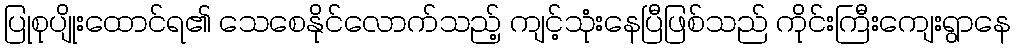
ပြုစုပျိုးထောင်ရ၏ သေစေနိုင်လောက်သည့် ကျင့်သုံးနေပြီဖြစ်သည် ကိုင်းကြီးကျေးရွာနေ